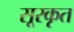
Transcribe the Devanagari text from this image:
सूरकृत